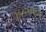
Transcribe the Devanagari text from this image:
१५५१मध्ये